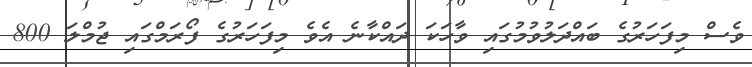
ވެސް މިފަހަރުގެ ބައްދަލުވުމުގައި ވާހަކަ ދައްކާނެ އެވެ މިފަހަރުގެ ފޯރަމްގައި ޖުމްލަ 800